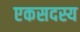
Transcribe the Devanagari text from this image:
एकसदस्य